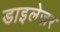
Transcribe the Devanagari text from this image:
डाइलेज़र